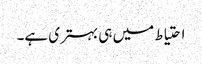
احتیاط میں ہی بہتری ہے۔